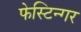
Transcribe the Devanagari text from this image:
फेस्टिन्गर